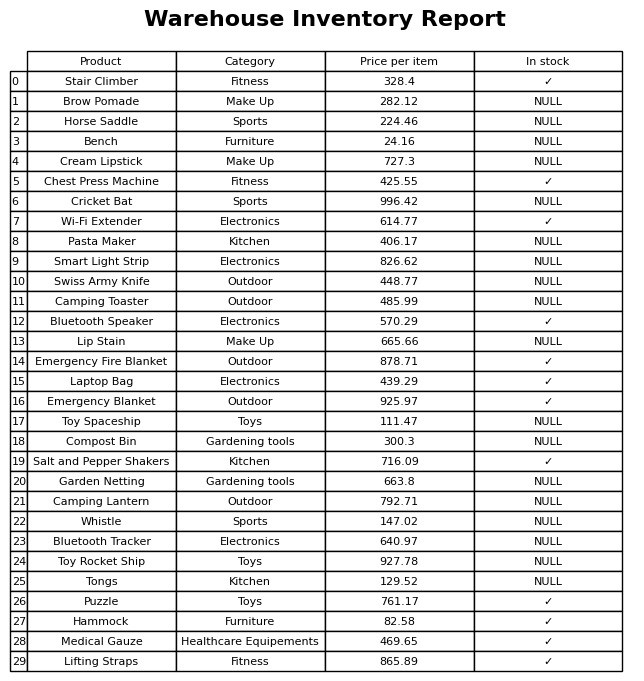
question: What category does the Smart Light Strip belong to?
answer: Electronics